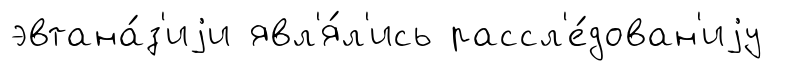
эвтана́з'иjи явл'я́л'ись рассл'е́дован'иjу